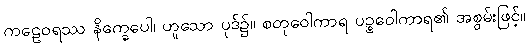
ကဠေဝရဿ နိက္ခေပေါ၊ ဟူသော ပုဒ်၌။ စတုဝေါကာရ ပဉ္စဝေါကာရ၏ အစွမ်းဖြင့်။